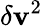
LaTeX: \delta\mathbf{v}^{2}